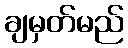
ချမှတ်မည်